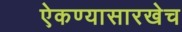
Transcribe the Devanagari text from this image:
ऐकण्यासारखेच